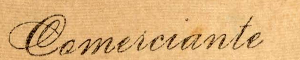
Cameiciante